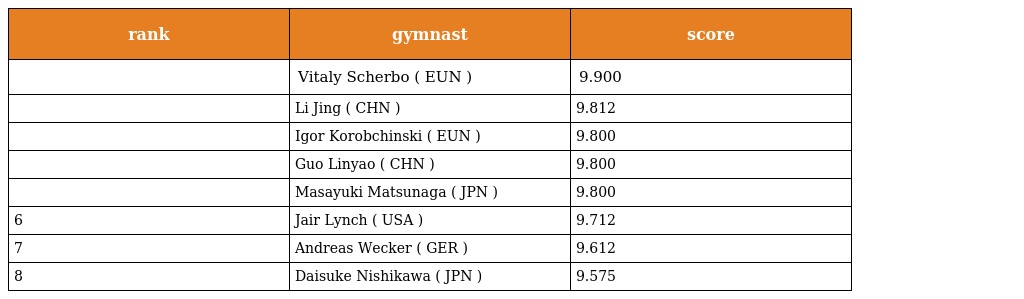
| rank | gymnast | score |
 | --- | --- | --- |
 |  | Vitaly Scherbo ( EUN ) | 9.900 |
 |  | Li Jing ( CHN ) | 9.812 |
 |  | Igor Korobchinski ( EUN ) | 9.800 |
 |  | Guo Linyao ( CHN ) | 9.800 |
 |  | Masayuki Matsunaga ( JPN ) | 9.800 |
 | 6 | Jair Lynch ( USA ) | 9.712 |
 | 7 | Andreas Wecker ( GER ) | 9.612 |
 | 8 | Daisuke Nishikawa ( JPN ) | 9.575 |